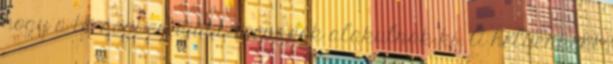
hogy a térségben újabb tornádók alakulnak ki. A helyenként